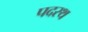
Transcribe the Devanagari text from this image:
पदरथ